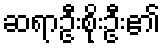
ဆရာဦးစိုးဦး၏